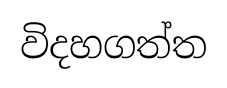
විදහගත්ත